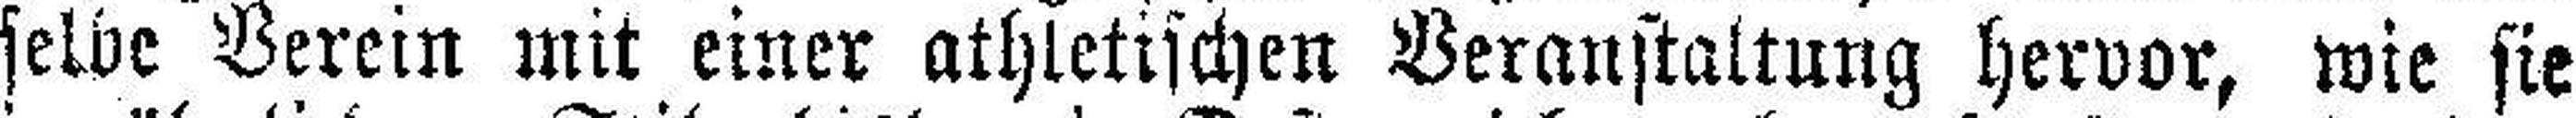
selbe Verein mit einer athletischen Veranstaltung hervor, wie sie